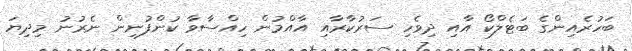
ބަހުރެއިންގެ ބަޓެލްކޯ އާއި ދިވެހި ސަރުކާރާއި އާއްމުން ހިއްސާވާ ކުންފުނިން ނެރުނު މިދިޔަ